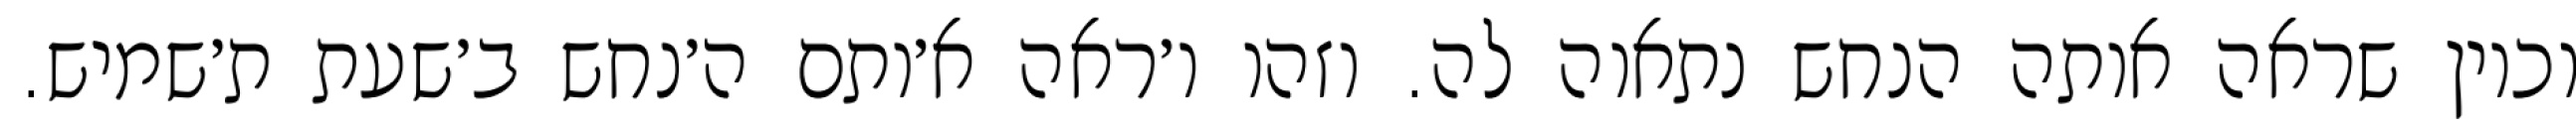
וכיון שראה אותה הנחש נתאוה לה. וזהו ו׳ראה א׳ותם ה׳נחש ב׳שעת ת׳שמיש.